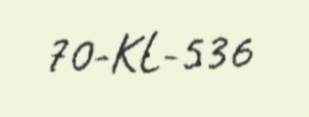
70-KL-536